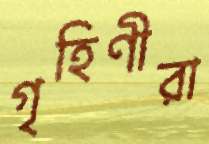
গৃহিণীরা